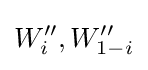
W''_{i},W''_{1-i}